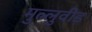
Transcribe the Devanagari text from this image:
मुल्लुवीड़